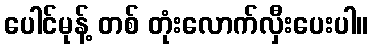
ပေါင်မုန့် တစ် တုံးလောက်လှီးပေးပါ။